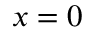
x = 0